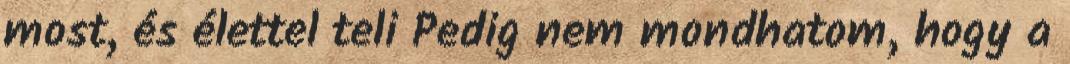
most, és élettel teli Pedig nem mondhatom, hogy a